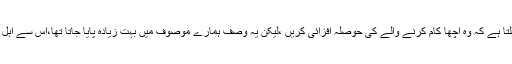
یہ وصف بہت کم لوگوں میں دیکھنے کو ملتا ہے کہ وہ اچھا کام کرنے والے کی حوصلہ افزائی کریں ،لیکن یہ وصف ہمارے موصوف میں بہت زیادہ پایا جاتا تھا،اس سے اہل علم مزید ہمت کرتے اور آگے نکلتے ہیں ۔